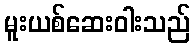
မူးယစ်ဆေးဝါးသည်